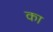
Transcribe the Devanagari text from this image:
का